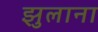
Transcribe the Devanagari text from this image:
झुलाना